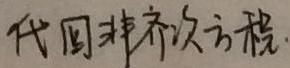
代回非齐次方程